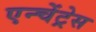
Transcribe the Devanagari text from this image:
एन्चेंट्रेस